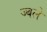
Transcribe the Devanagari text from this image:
ज्बले